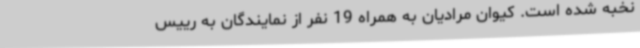
نخبه شده است. کیوان مرادیان به همراه 19 نفر از نمایندگان به رییس